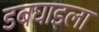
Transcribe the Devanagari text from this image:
डबघाइला